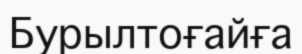
Бурылтоғайға